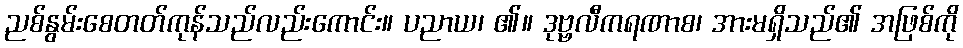
ညစ်နွမ်းစေတတ်ကုန်သည်လည်းကောင်း။ ပညာယ၊ ၏။ ဒုဗ္ဗလီကရဏာစ၊ အားမရှိသည်၏ အဖြစ်ကို